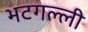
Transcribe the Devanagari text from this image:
भटगल्ली